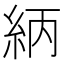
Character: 䋑